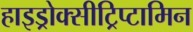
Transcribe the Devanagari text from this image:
हाइड्रोक्सीट्रिप्टामिन